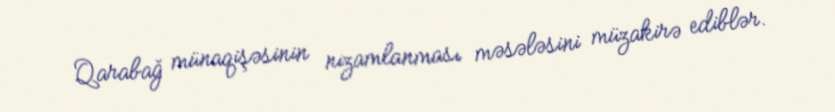
Qarabağ münaqişəsinin nizamlanması məsələsini müzakirə ediblər.